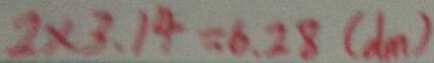
2 \times 3 . 1 4 = 6 . 2 8 ( d m )